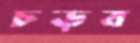
চড়ব